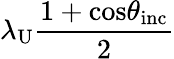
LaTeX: \lambda_{\mathrm{U}}\frac{1+\mathrm{cos}\theta_{\mathrm{inc}}}{2}